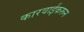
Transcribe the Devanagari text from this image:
कारवाईकरून